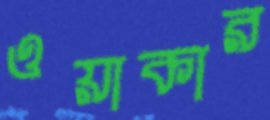
ওয়াকার